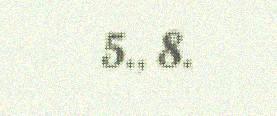
5., 8.